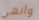
وأنهي